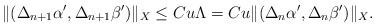
\begin{align*} \|(\Delta_{n+1}\alpha',\Delta_{n+1}\beta')\|_X\leq Cu\Lambda= Cu \|(\Delta_{n}\alpha',\Delta_{n}\beta')\|_X.\end{align*}